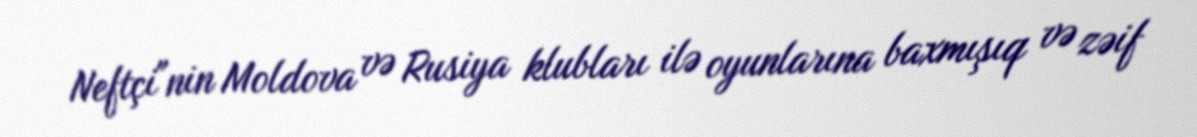
Neftçi"nin Moldova və Rusiya klubları ilə oyunlarına baxmışıq və zəif